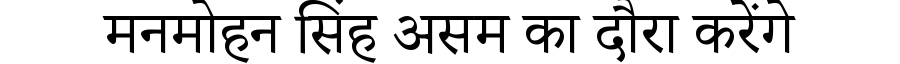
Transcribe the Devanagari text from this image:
मनमोहन सिंह असम का दौरा करेंगे